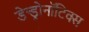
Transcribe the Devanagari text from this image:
डेन्ड्रोनॉटिक्स